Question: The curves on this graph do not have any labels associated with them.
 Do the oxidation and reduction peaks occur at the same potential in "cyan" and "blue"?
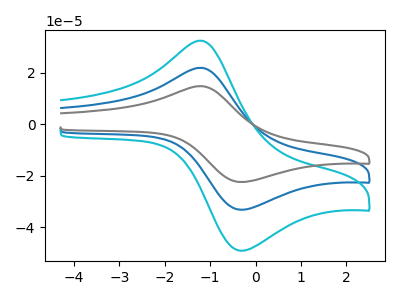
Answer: <think>The blue curve "blue" has an anodic peak at (-1.20V, 22.00uA) and a cathodic peak at (-0.30V, -33.30uA). The cyan curve "cyan" has an anodic peak at (-1.20V, 32.55uA) and a cathodic peak at (-0.30V, -49.25uA). The gray curve "gray" has an anodic peak at (-1.20V, 44.00uA) and a cathodic peak at (-0.30V, -66.55uA).</think>
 <answer>Yes, "cyan" have a peak in "blue" at the same potential.</answer>
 <eval>match</eval>